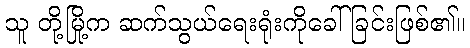
သူ တို့မြို့က ဆက်သွယ်ရေးရုံးကိုခေါ်ခြင်းဖြစ်၏။